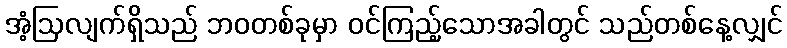
အံ့ဩလျက်ရှိသည် ဘဝတစ်ခုမှာ ဝင်ကြည့်သောအခါတွင် သည်တစ်နေ့လျှင်